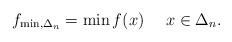
\begin{align*}f_{\min,\Delta_n}=\min f(x)\ \ \ \ x\in\Delta_n.\end{align*}